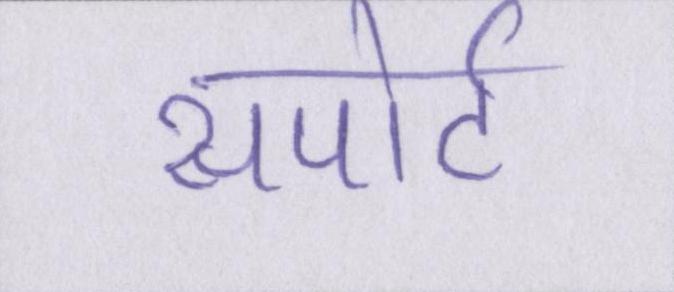
सपोर्ट